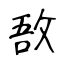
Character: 敔